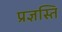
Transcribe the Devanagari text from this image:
प्रज्ञस्ति